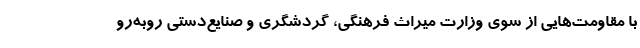
با مقاومت‌هایی از سوی وزارت میراث فرهنگی، گردشگری و صنایع‌دستی روبه‌رو